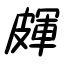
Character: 皹